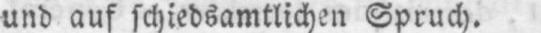
und auf schiedsamtlichen Spruch.